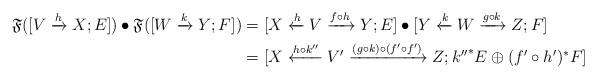
LaTeX: \begin{align*}\frak F ([V \xrightarrow h X;E]) \bullet \frak F([W \xrightarrow k Y;F] ) & = [X \xleftarrow h V \xrightarrow {f \circ h} Y; E] \bullet [Y \xleftarrow k W \xrightarrow {g \circ k} Z; F]\\& = [X \xleftarrow {h \circ {k}''} V' \xrightarrow{(g \circ k) \circ (f' \circ f') } Z; {{k}''}^*E \oplus (f' \circ {h}')^*F ]\end{align*}